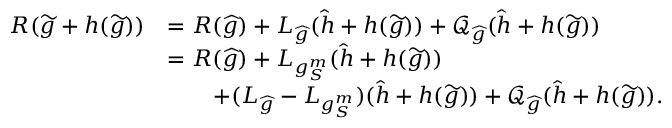
\begin{array} { r l } { R ( \widetilde g + h ( \widetilde g ) ) } & { = R ( \widehat g ) + L _ { \widehat g } ( \widehat h + h ( \widetilde g ) ) + \mathcal Q _ { \widehat g } ( \widehat h + h ( \widetilde g ) ) } \\ & { = R ( \widehat g ) + L _ { g _ { S } ^ { m } } ( \widehat h + h ( \widetilde g ) ) } \\ & { \qquad + ( L _ { \widehat g } - L _ { g _ { S } ^ { m } } ) ( \widehat h + h ( \widetilde g ) ) + \mathcal Q _ { \widehat g } ( \widehat h + h ( \widetilde g ) ) . } \end{array}